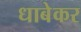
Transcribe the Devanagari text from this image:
धाबेकर